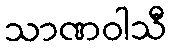
သာဏဝါသီ